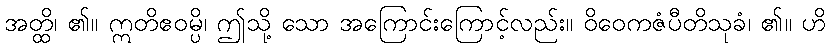
အတ္ထိ၊ ၏။ ဣတိဧဝမ္ပိ၊ ဤသို့ သော အကြောင်းကြောင့်လည်း။ ဝိဝေကဇံပီတိသုခံ၊ ၏။ ဟိ